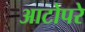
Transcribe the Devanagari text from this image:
आटोपरे